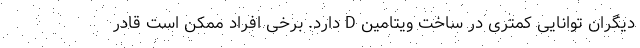
دیگران توانایی کمتری در ساخت ویتامین D دارد. برخی افراد ممکن است قادر